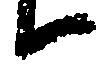
候